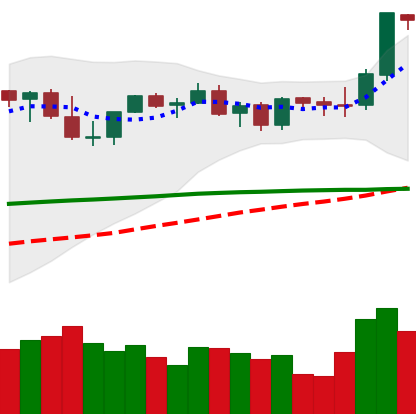
Ticker: ETH-USD
Chart end date: 2021-09-02
Forward return: -9.617%
Label: down_7plus